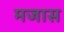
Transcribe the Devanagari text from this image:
मजास